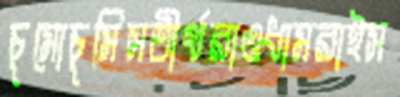
চুমোচুমিসতীর্থরাওধামরাইস